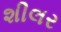
શીલર